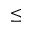
\le